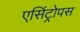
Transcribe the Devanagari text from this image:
एसिंट्रोपस